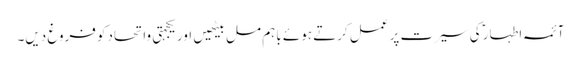
آئمہ اطہار ؑکی سیرت پر عمل کرتے ہوئے باہم مل بیٹھیں اور یکجہتی واتحادکو فروغ دیں۔